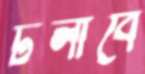
টলাবে